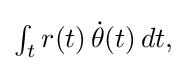
{\textstyle \int _{t}r(t)\,{\dot {\theta }}(t)\,dt,}